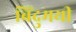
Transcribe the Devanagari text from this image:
बिंदुमयी